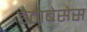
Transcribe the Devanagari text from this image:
डेटाबेसेस